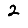
Digit: 2